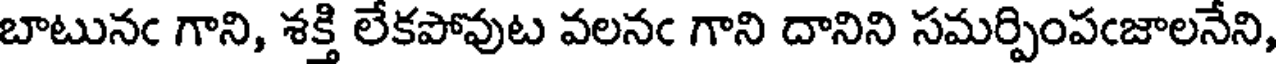
బాటునఁ గాని, శక్తి లేకపోవుట వలనఁ గాని దానిని సమర్పింపఁజాలనేని,